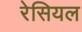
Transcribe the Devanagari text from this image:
रेसियल